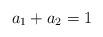
LaTeX: \begin{align*}a_1+a_2=1\end{align*}